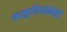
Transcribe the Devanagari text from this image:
करकुलियोनिडी